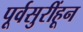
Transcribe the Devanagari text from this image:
पूर्वसुरींहून